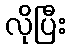
လိုပြီး